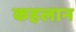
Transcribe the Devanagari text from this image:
कहलान